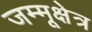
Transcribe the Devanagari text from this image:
जम्मूक्षेत्र